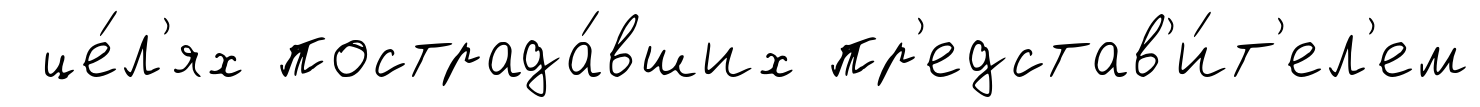
це́л'ях пострада́вших пр'едстав'и́т'ел'ем